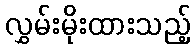
လွှမ်းမိုးထားသည့်